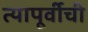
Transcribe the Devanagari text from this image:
त्यापूर्वीची